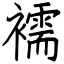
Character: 襦